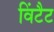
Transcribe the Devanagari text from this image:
विंटैट